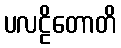
ပလဠိတောတိ